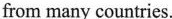
from many countries.